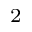
_ 2